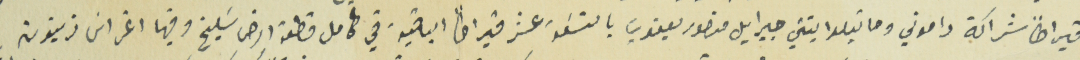
قيراطاً شراكة داموني وماتيلدا بنتي جبرايل منصور يعقوب بالتسَعة عشر قيراطاً الباقية في كامل قطعة ارض سَليخ وفيها اغراس زيتون